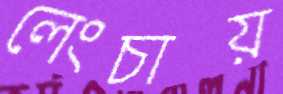
লেংচায়